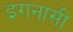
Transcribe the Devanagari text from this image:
इगनासी